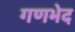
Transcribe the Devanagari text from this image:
गणभेद